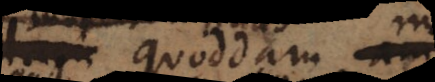
dico quoddam